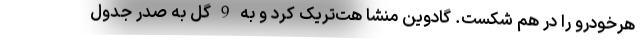
هرخودرو را در هم شکست. گادوین منشا هت‌تریک کرد و به 9 گل به صدر جدول